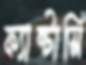
ফ্যান্টাসি